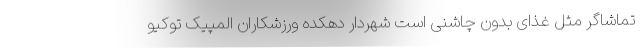
تماشاگر مثل غذای بدون چاشنی است شهردار دهکده ورزشکاران المپیک توکیو